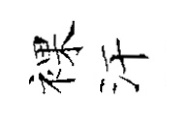
裸汗